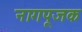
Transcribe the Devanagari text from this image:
नागपूजक